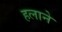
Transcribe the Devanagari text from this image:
हलाने